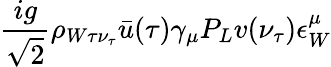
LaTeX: \frac{ig}{\sqrt{2}}\rho_{W\tau\nu_{\tau}}\bar{u}(\tau)\gamma_{\mu}P_{L}v(\nu_{\tau})\epsilon_{W}^{\mu}